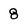
Character: 8